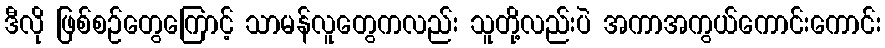
ဒီလို ဖြစ်စဉ်တွေကြောင့် သာမန်လူတွေကလည်း သူတို့လည်းပဲ အကာအကွယ်ကောင်းကောင်း